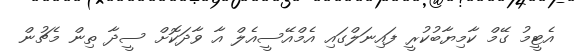
އެޓީމު ގޭމް ކާމިޔާބުކުރީ ފައިނަލްގައި އެމްއޭސީއެލް އާ ވާދަކޮށް ސީދާ ތިން މެޗުން